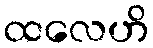
ထလေဟိ